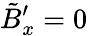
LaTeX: \tilde{B}_{x}^{\prime}=0